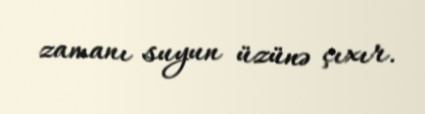
zamanı suyun üzünə çıxır.